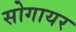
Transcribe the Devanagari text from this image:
सोगायर